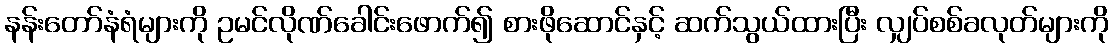
နန်းတော်နံရံများကို ဥမင်လိုဏ်ခေါင်းဖောက်၍ စားဖိုဆောင်နှင့် ဆက်သွယ်ထားပြီး လျှပ်စစ်ခလုတ်များကို